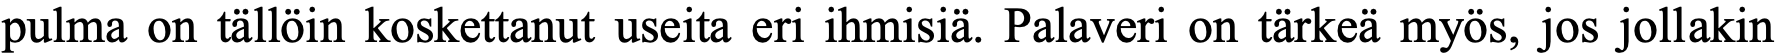
pulma on tällöin koskettanut useita eri ihmisiä. Palaveri on tärkeä myös, jos jollakin